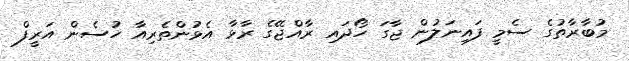
މުބާރާތުގެ ސެމީ ފައިނަލުން ޖާގަ ހޯދައި ރާއްޖޭގެ ރާޅާ އެޅުންތެރިއާ ހުސެން އަރީފް